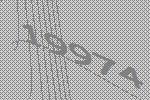
19974